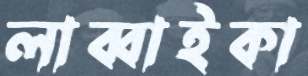
লাব্বাইকা